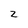
Character: z